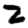
Digit: 2